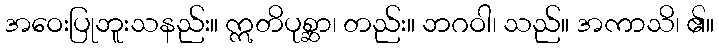
အဝေးပြုဘူးသနည်း။ ဣတိပုစ္ဆာ၊ တည်း။ ဘဂဝါ၊ သည်။ အကာသိ၊ ၏။